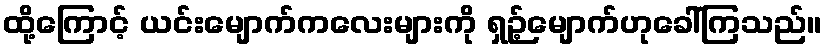
ထို့ကြောင့် ယင်းမျောက်ကလေးများကို ရှဉ့်မျောက်ဟုခေါ်ကြသည်။